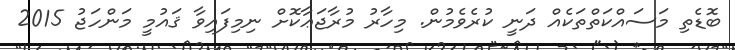
ބޮޑެތި މަސައްކަތްތަކެއް ދަނީ ކުރެވެމުން. މިހާރު މުރާޖަޢާކޮށް ނިމިފައިވާ ޤައުމީ މަންހަޖު 2015